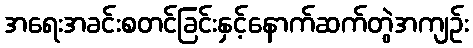
အရေးအခင်းစတင်ခြင်းနှင့်နောက်ဆက်တွဲအကျဉ်း